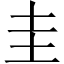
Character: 圭